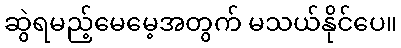
ဆွဲရမည့်မေမေ့အတွက် မသယ်နိုင်ပေ။